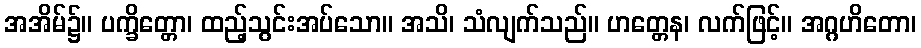
အအိမ်၌။ ပက္ခိတ္တော၊ ထည့်သွင်းအပ်သော။ အသိ၊ သံလျက်သည်။ ဟတ္တေန၊ လက်ဖြင့်။ အဂ္ဂဟိတော၊